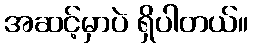
အဆင့်မှာပဲ ရှိပါတယ်။